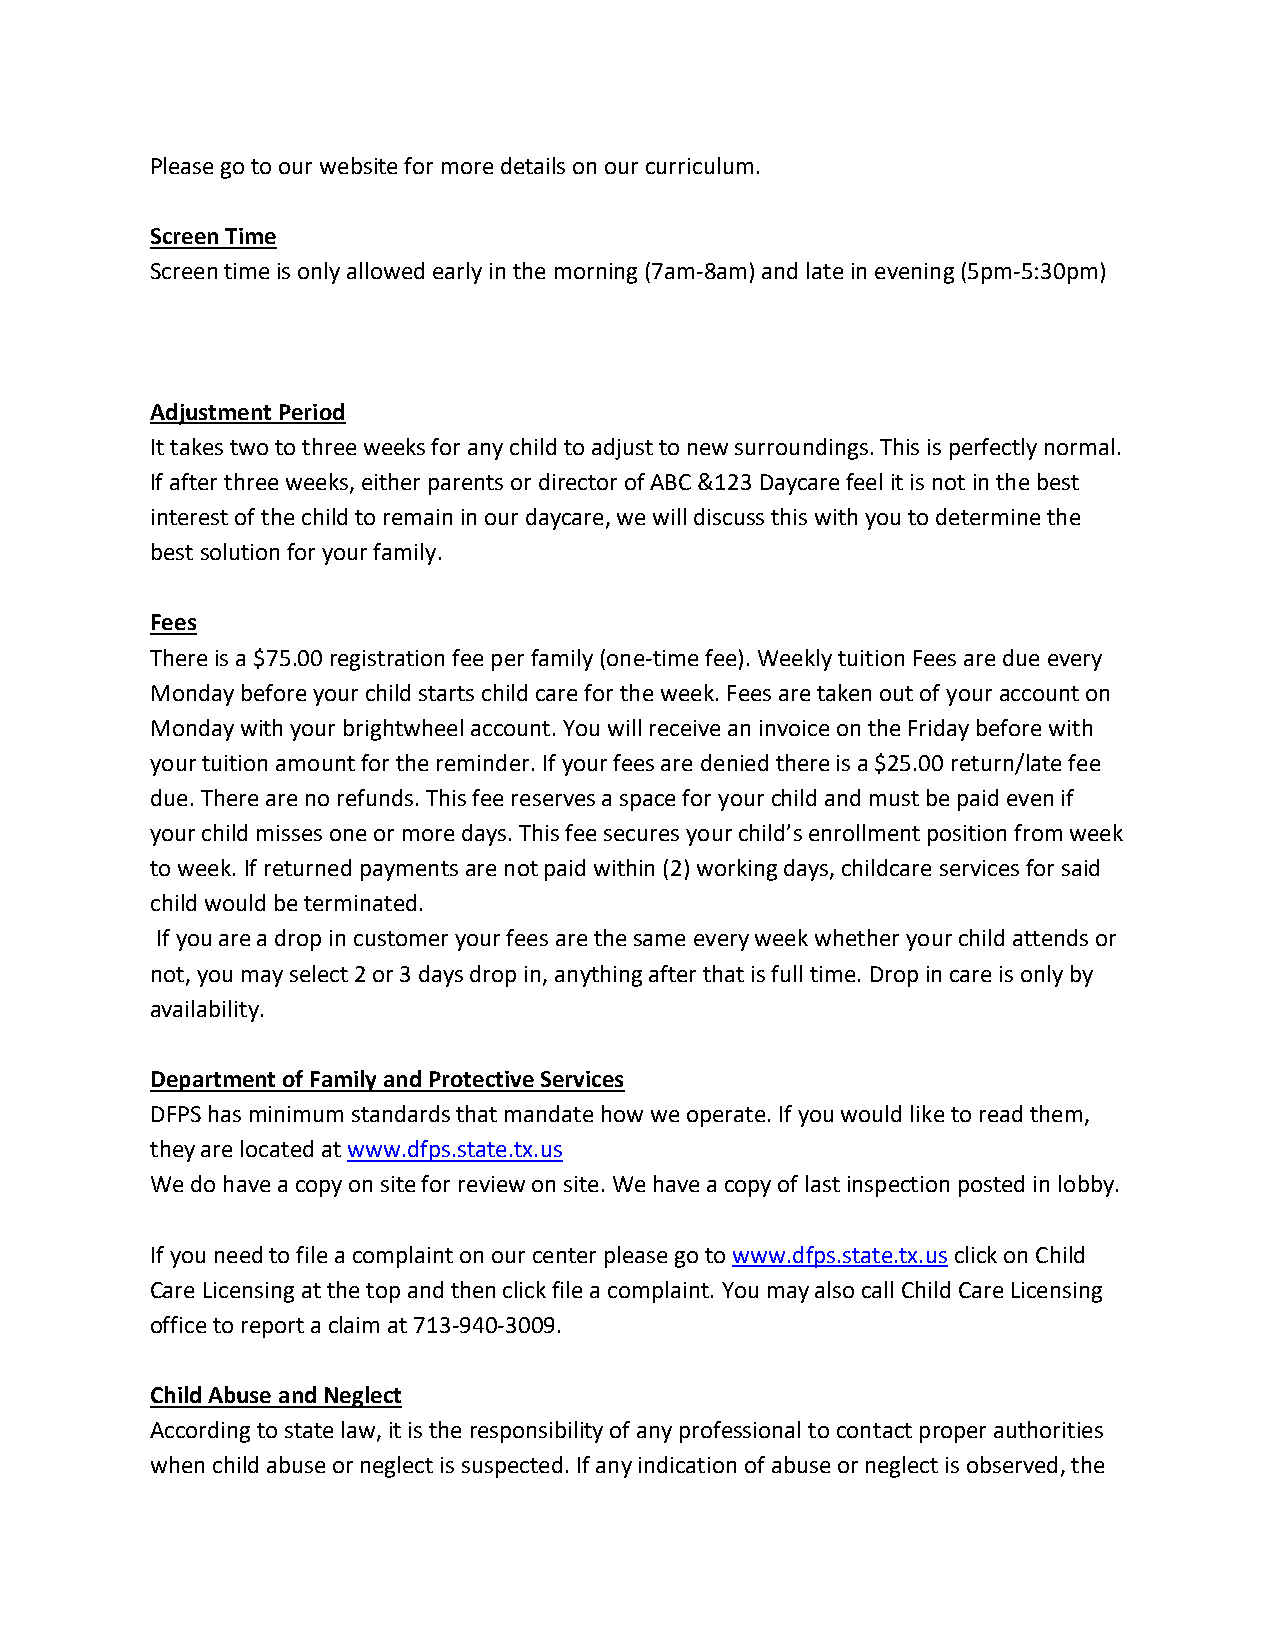
Please go to our website for more details on our curriculum.
 Screen Time
 Screen time is only allowed early in the morning (7am-8am) and late in evening (5pm-5:30pm)
 Adjustment Period
 It takes two to three weeks for any child to adjust to new surroundings. This is perfectly normal.
 If after three weeks, either parents or director of ABC &123 Daycare feel it is not in the best
 interest of the child to remain in our daycare, we will discuss this with you to determine the
 best solution for your family.
 Fees
 There is a $75.00 registration fee per family (one-time fee). Weekly tuition Fees are due every
 Monday before your child starts child care for the week. Fees are taken out of your account on
 Monday with your brightwheel account. You will receive an invoice on the Friday before with
 your tuition amount for the reminder. If your fees are denied there is a $25.00 return/late fee
 due. There are no refunds. This fee reserves a space for your child and must be paid even if
 your child misses one or more days. This fee secures your child’s enrollment position from week
 to week. If returned payments are not paid within (2) working days, childcare services for said
 child would be terminated.
 If you are a drop in customer your fees are the same every week whether your child attends or
 not, you may select 2 or 3 days drop in, anything after that is full time. Drop in care is only by
 availability.
 Department of Family and Protective Services
 DFPS has minimum standards that mandate how we operate. If you would like to read them,
 they are located at www.dfps.state.tx.us
 We do have a copy on site for review on site. We have a copy of last inspection posted in lobby.
 If you need to file a complaint on our center please go to www.dfps.state.tx.us click on Child
 Care Licensing at the top and then click file a complaint. You may also call Child Care Licensing
 office to report a claim at 713-940-3009.
 Child Abuse and Neglect
 According to state law, it is the responsibility of any professional to contact proper authorities
 when child abuse or neglect is suspected. If any indication of abuse or neglect is observed, the